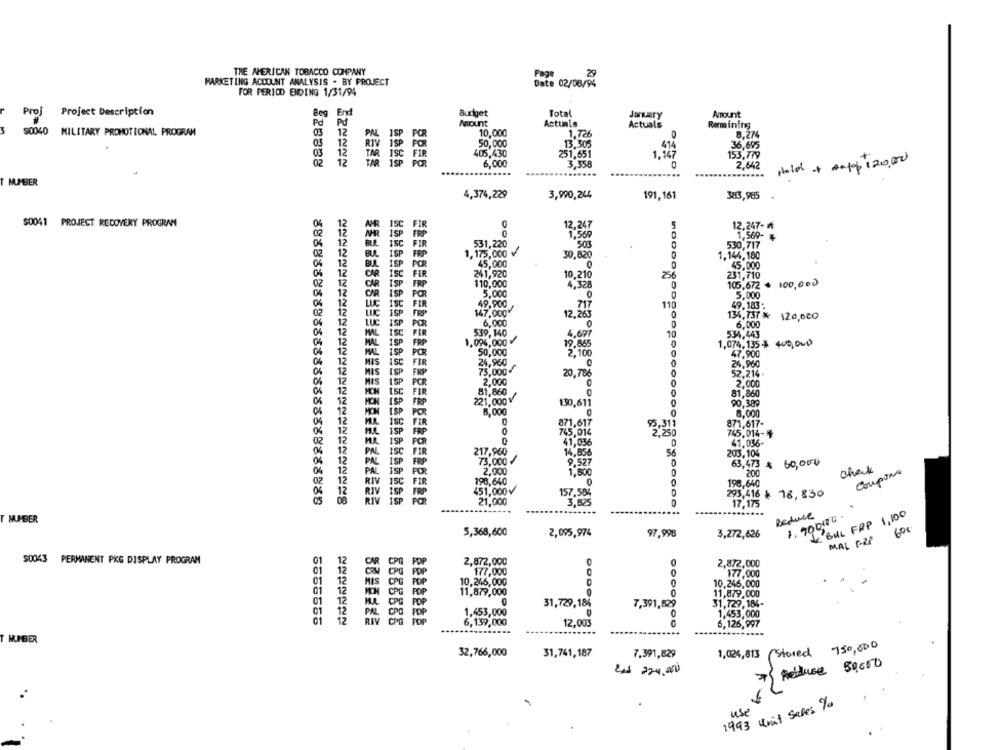
THE AMERICAN TOBACCO COMPANY
Page
29
MARKETING ACCOUNT ANALYSIS . BY PROJECT
Date 02/08/94
FOR PERIOD ENDING 1/31/94
Proj Project Description
Beg
End
Budget
Total
January
Amount
Pd
Mount
Actuals
Actuals
Remaining
3
$0040 MILITARY PROMOTIONAL PROGRAM
03
12
PAL
1SP
POR
10,000
1.726
8,274
12
1SP
50,000
RIV
13.305
414
36,695
03
TAR ISC
405,430
251,651
1,14
153,779
02
12
FAR 1SP
6,000
3.358
0
2,642
pold + antep 120,00
.....
.......
.....
...
MUMBER
4,374,229
3,990,244
191,161
383,985
$0041 PROJECT RECOVERY PROGRAM
12.247
12.247- ₥
1,569
1,569- *
531,220
500
530,717
FRP
1.175,000 v
30,820
1.144,180
0
ISP POR
45,000
45,000
FIR
241,920
10.210
256
231,710
ISP
FRP
110,000
4,328
105,672 + 100,000
5,000
POR
5,000
LUC isC
49,900
717
11
49.183:
PROP
147.000V
12,26
0
134,737 % 120.000
LUC
6.000
0
6,000
ISP POR
ISC
ML
FIR
539,140
4.697
10
534,443
ISP FRP
.094,000
19,865
1,074,135$ 400, 000
ISP POR
50,000
2,100
0
ise
47,900
24,960
0
24,960
ISP
73,000
20,786
0
52,214 .
2.000
2,000
MON
tsC
ISP POR
81,860
FIR
81,860
MON
ISP
FRP
221,000 V
130,611
90,389
MON
POR
8,000
8,000
isc
FIR
0
871,617
3.311
871,617-
ISP
745,014
745,014-
ISP
PCR
0
41,036
0
41,036-
PN.
217,960
14,856
ISC FIR
56
203,104
isp
73,000
9.527
0
63,473 $ 60,000
JSP
FOR
2.000
1,500
0
200
check
Coupons
198,640
0
198,640
ISC FIR
0
451,000v
157,584
295,416 * 18,830
RIV
ISP
POR
21,000
3,825
17.175
......
Reduce
1.70000.
& BULL FRP 1,100
T NUMBER
60€
5,368,600
2,095,974
97,998
3,272,626
MAL 1-2P
$0043 PERMANENT PKG DISPLAY PROGRAM
01
12
2,872,000
1
2,872,000
C PG
177,000
01
12
HIS
POP
10,246,000
10,246,000
12
MON
POP
11,879,000
0
11,879.000
01
12
POP
31,729,184
7,391,829
31,729, 184-
12
COD
1.453,000
1,453,000
01
12
6,139,000
12.003
C
6,126,997
HUMBER
(stored 750,000
32,766,000
31,741,187
7,391,829
1,024,813
Reduce 50,000
~
En1 224.000
7
1993 Unit Sales Ya
use